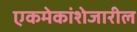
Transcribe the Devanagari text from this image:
एकमेकांशेजारील